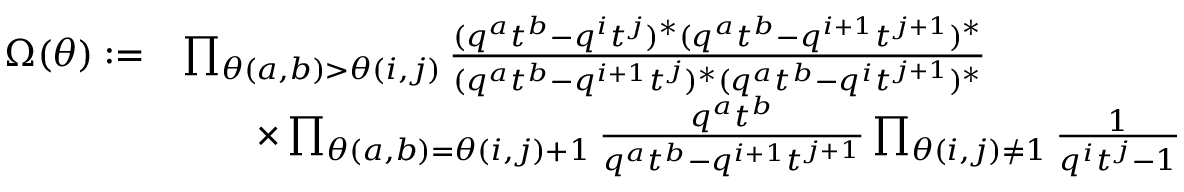
\begin{array} { r l } { \Omega ( \theta ) : = } & { \prod _ { \theta ( a , b ) > \theta ( i , j ) } \frac { ( q ^ { a } t ^ { b } - q ^ { i } t ^ { j } ) ^ { * } ( q ^ { a } t ^ { b } - q ^ { i + 1 } t ^ { j + 1 } ) ^ { * } } { ( q ^ { a } t ^ { b } - q ^ { i + 1 } t ^ { j } ) ^ { * } ( q ^ { a } t ^ { b } - q ^ { i } t ^ { j + 1 } ) ^ { * } } } \\ & { \qquad \times \prod _ { \theta ( a , b ) = \theta ( i , j ) + 1 } \frac { q ^ { a } t ^ { b } } { q ^ { a } t ^ { b } - q ^ { i + 1 } t ^ { j + 1 } } \prod _ { \theta ( i , j ) \neq 1 } \frac { 1 } { q ^ { i } t ^ { j } - 1 } } \end{array}